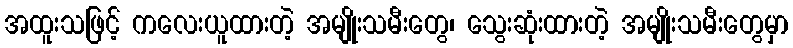
အထူးသဖြင့် ကလေးယူထားတဲ့ အမျိုးသမီးတွေ၊ သွေးဆုံးထားတဲ့ အမျိုးသမီးတွေမှာ